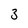
Character: 3